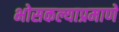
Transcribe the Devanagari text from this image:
भोसकल्याप्रमाणे